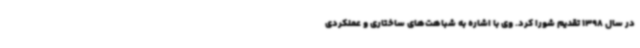
در سال 1398 تقدیم شورا کرد. وی با اشاره به شباهت‌های ساختاری و عملکردی